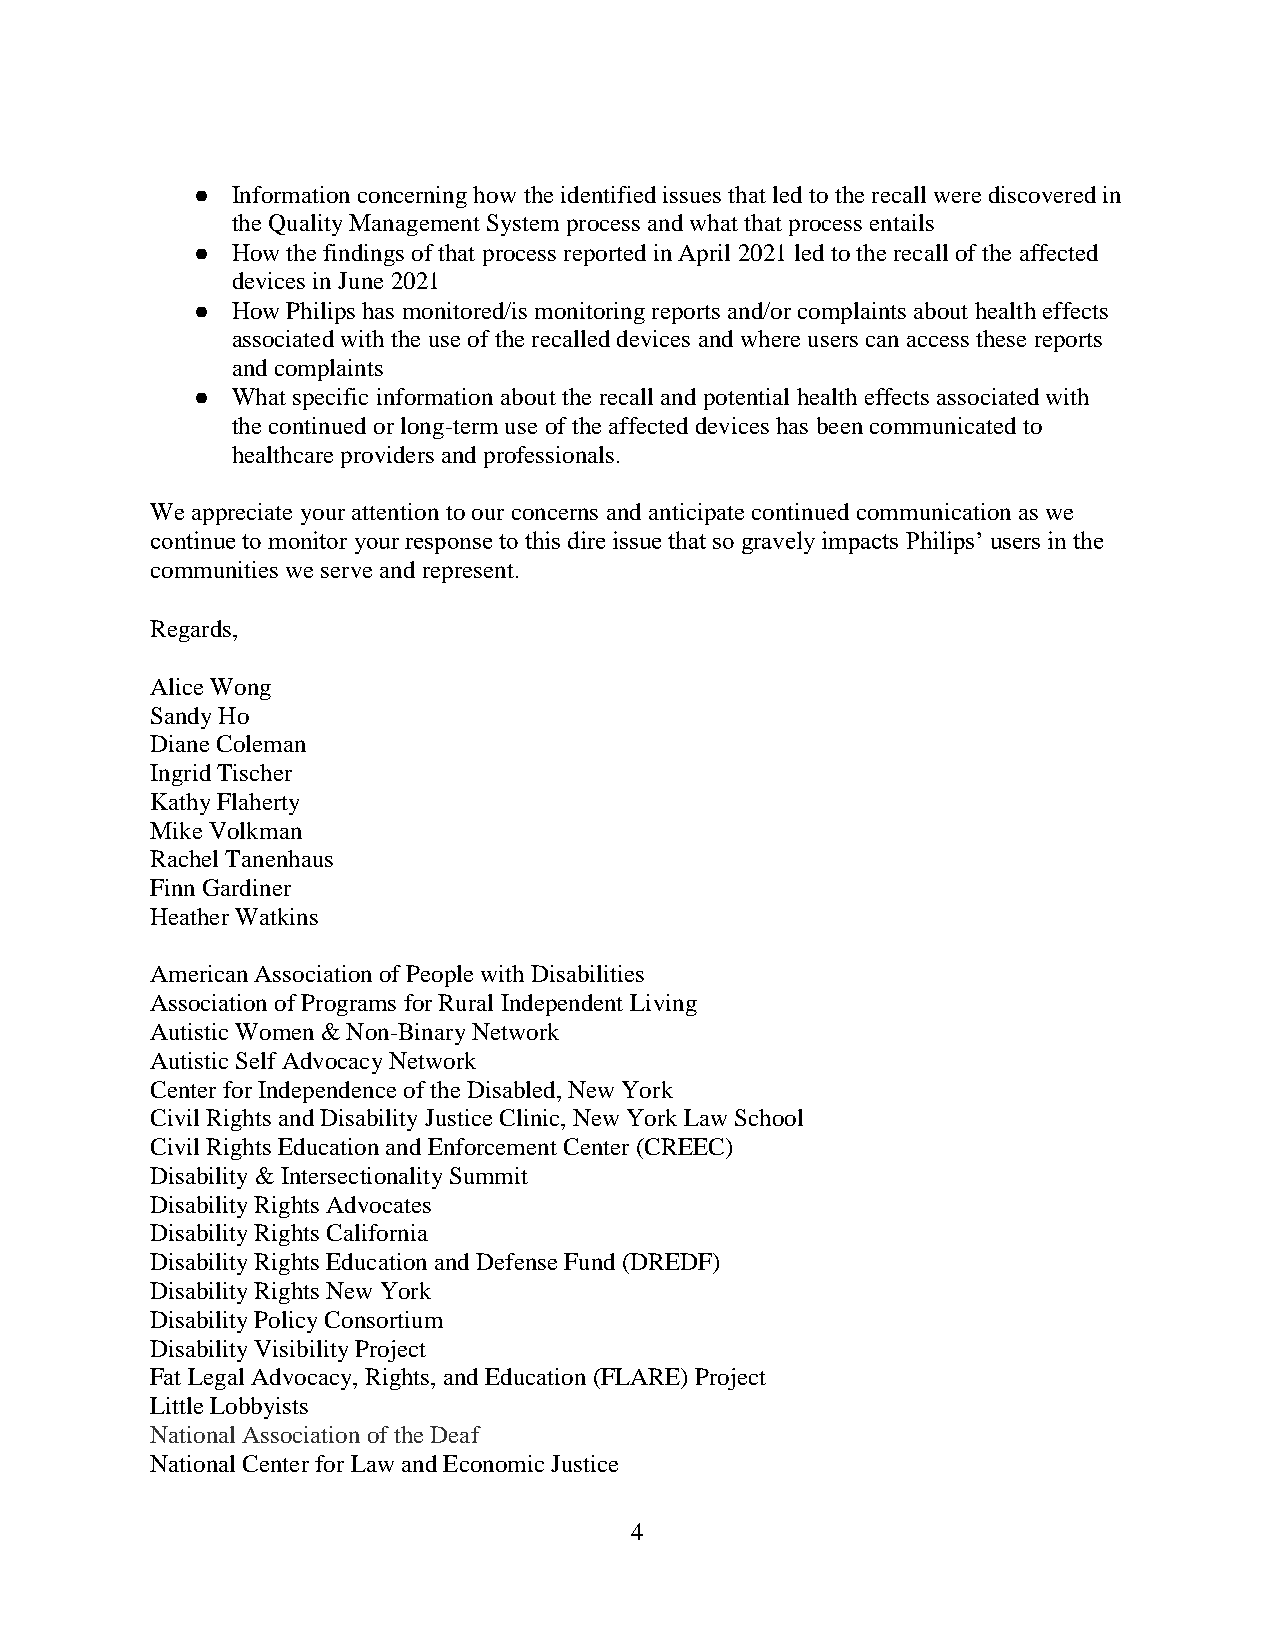
● Information concerning how the identified issues that led to the recall were discovered in
 the Quality Management System process and what that process entails
 ● How the findings of that process reported in April 2021 led to the recall of the affected
 devices in June 2021
 ● How Philips has monitored/is monitoring reports and/or complaints about health effects
 associated with the use of the recalled devices and where users can access these reports
 and complaints
 ● What specific information about the recall and potential health effects associated with
 the continued or long-term use of the affected devices has been communicated to
 healthcare providers and professionals.
 We appreciate your attention to our concerns and anticipate continued communication as we
 continue to monitor your response to this dire issue that so gravely impacts Philips’ users in the
 communities we serve and represent.
 Regards,
 Alice Wong
 Sandy Ho
 Diane Coleman
 Ingrid Tischer
 Kathy Flaherty
 Mike Volkman
 Rachel Tanenhaus
 Finn Gardiner
 Heather Watkins
 American Association of People with Disabilities
 Association of Programs for Rural Independent Living
 Autistic Women & Non-Binary Network
 Autistic Self Advocacy Network
 Center for Independence of the Disabled, New York
 Civil Rights and Disability Justice Clinic, New York Law School
 Civil Rights Education and Enforcement Center (CREEC)
 Disability & Intersectionality Summit
 Disability Rights Advocates
 Disability Rights California
 Disability Rights Education and Defense Fund (DREDF)
 Disability Rights New York
 Disability Policy Consortium
 Disability Visibility Project
 Fat Legal Advocacy, Rights, and Education (FLARE) Project
 Little Lobbyists
 National Association of the Deaf
 National Center for Law and Economic Justice
 4